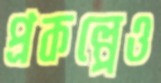
প্রকল্পেও